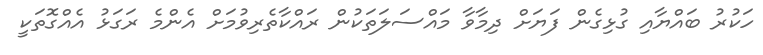
ހަކުރު ބައްޔާއި ގުޅިގެން ފަޔަށް ދިމާވާ މައްސަލަތަކުން ރައްކާތެރިވުމަށް އެންމެ ރަގަޅު އެއްގޮތަކީ